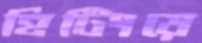
হিটিংয়ে